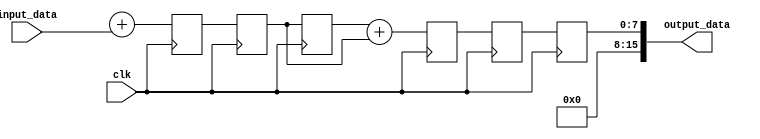
module cascaded_accumulator (
    input clk,
    input [7:0] input_data,
    output reg [15:0] output_data
);

reg [15:0] running_total;

// Adder block 1
reg [7:0] intermediate_data1;
reg [15:0] temp_data1;

always @(posedge clk) begin
    temp_data1 <= running_total + input_data;
    intermediate_data1 <= temp_data1[7:0];
end

// Register block 1
reg [7:0] register_data1;

always @(posedge clk) begin
    register_data1 <= intermediate_data1;
end

// Adder block 2
reg [7:0] intermediate_data2;
reg [15:0] temp_data2;

always @(posedge clk) begin
    temp_data2 <= register_data1 + intermediate_data1;
    intermediate_data2 <= temp_data2[7:0];
end

// Register block 2
reg [7:0] register_data2;

always @(posedge clk) begin
    register_data2 <= intermediate_data2;
end

// Output data
assign output_data = register_data2;

endmodule